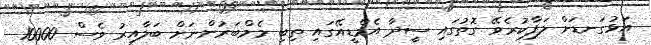
އަޅުގަނޑަށް ލަފާކުރެވޭ ގޮތުގައި ސީދާ އެމްޑީއޭގައި ތިބި މެމްބަރުންނަށް ބަލާއިރު ވެސް 10000